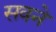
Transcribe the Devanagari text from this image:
सवने